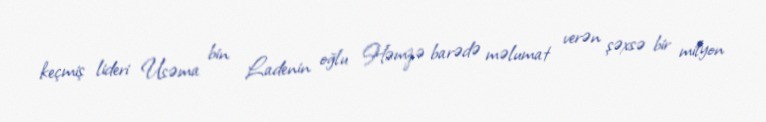
keçmiş lideri Usəma bin Ladenin oğlu Həmzə barədə məlumat verən şəxsə bir milyon